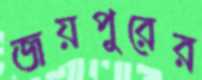
জয়পুরের